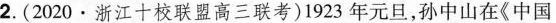
2.(2 0 2 0 ·浙江十校联盟高三联考)1 9 2 3年元旦，孙中山在《中国